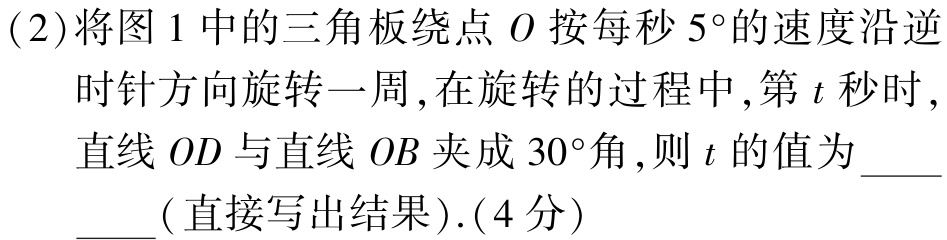
(2)将图1中的三角板绕点\(O\)按每秒\(5^{\circ}\)的速度沿逆时针方向旋转一周,在旋转的过程中,第\(t\)秒时,直线\(OD\)与直线\(OB\)夹成\(30^{\circ}\)角,则\(t\)的值为  (直接写出结果).(4分)